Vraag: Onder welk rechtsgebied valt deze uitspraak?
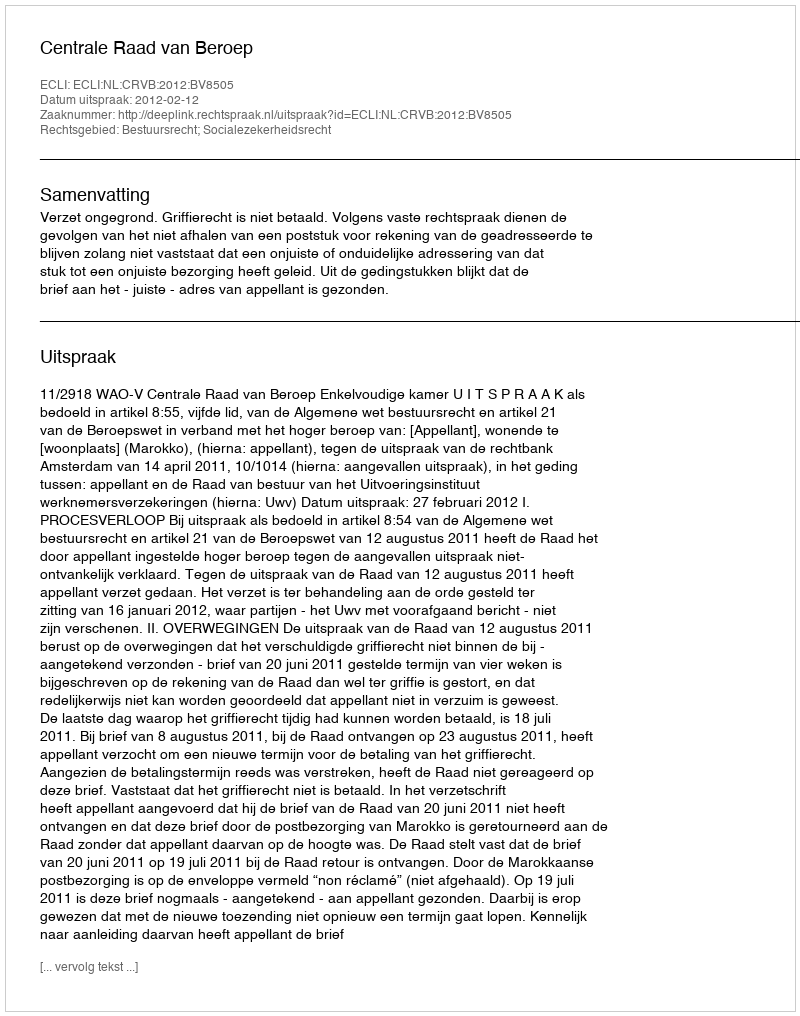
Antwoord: Bestuursrecht; Socialezekerheidsrecht